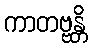
ကာတဗ္ဗန္တိ